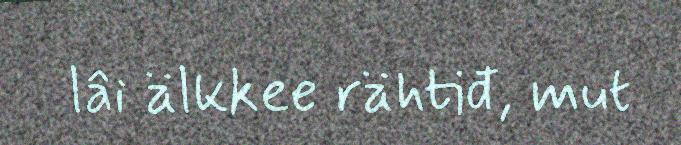
lâi älkkee rähtiđ, mut